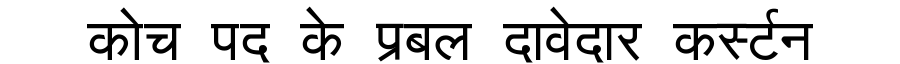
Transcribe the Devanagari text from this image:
कोच पद के प्रबल दावेदार कर्स्टन